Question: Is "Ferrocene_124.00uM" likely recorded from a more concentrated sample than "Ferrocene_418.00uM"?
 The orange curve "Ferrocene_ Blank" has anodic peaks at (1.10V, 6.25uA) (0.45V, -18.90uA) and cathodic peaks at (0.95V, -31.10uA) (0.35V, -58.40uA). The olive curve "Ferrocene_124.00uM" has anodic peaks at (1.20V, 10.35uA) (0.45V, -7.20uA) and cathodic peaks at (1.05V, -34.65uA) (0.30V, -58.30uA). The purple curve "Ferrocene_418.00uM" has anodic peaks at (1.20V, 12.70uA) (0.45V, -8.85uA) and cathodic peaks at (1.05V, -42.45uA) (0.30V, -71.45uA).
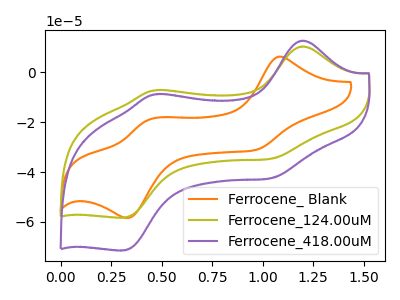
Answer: <think>All the peaks in "Ferrocene_124.00uM" have a peak in "Ferrocene_418.00uM" at the same potential.
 </think>
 <answer>I cant tell if "Ferrocene_124.00uM" or "Ferrocene_418.00uM" has more signal.</answer>
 <eval>mixed_signal</eval>